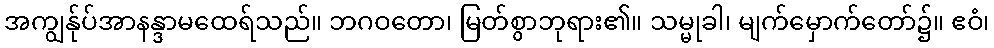
အကျွန်ုပ်အာနန္ဒာမထေရ်သည်။ ဘဂဝတော၊ မြတ်စွာဘုရား၏။ သမ္မုခါ၊ မျက်မှောက်တော်၌။ ဧဝံ၊